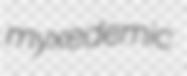
myxedemic